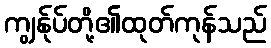
ကျွန်ုပ်တို့၏ထုတ်ကုန်သည်